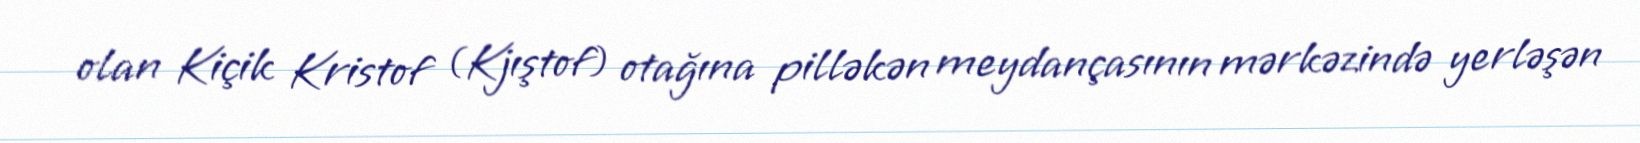
olan Kiçik Kristof (Kjıştof) otağına pilləkən meydançasının mərkəzində yerləşən